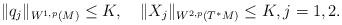
LaTeX: \begin{align*}\|q_j\|_{W^{1,p}(M)}\leq K, \quad\|X_j\|_{W^{2,p}(T^*M)}\leq K,j=1,2.\end{align*}